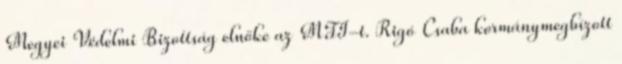
Megyei Védelmi Bizottság elnöke az MTI-t. Rigó Csaba kormánymegbízott